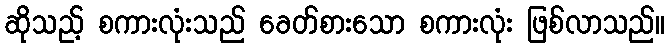
ဆိုသည့် စကားလုံးသည် ခေတ်စားသော စကားလုံး ဖြစ်လာသည်။